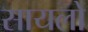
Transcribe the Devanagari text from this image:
सायलो